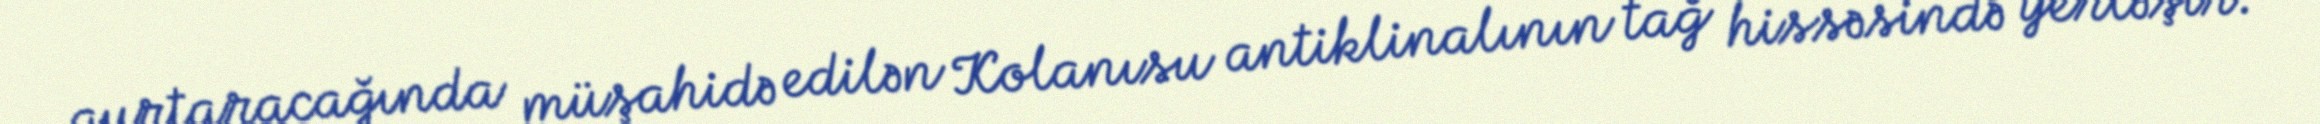
qurtaracağında müşahidə edilən Kolanısu antiklinalının tağ hissəsində yerləşir.